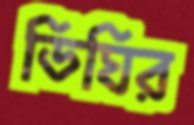
ডিঘির